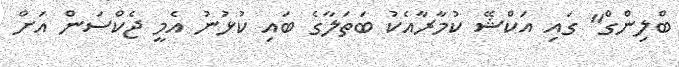
ބްލިންގް" ގައި އަކްޝޭ ކުމާރާއެކު ބަތަލާގެ ބައި ކުޅުނު އެމީ ޖެކްސަން އަށް